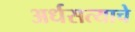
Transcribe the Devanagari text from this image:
अर्धसत्याचे